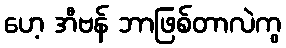
ဟေ့ အီဗန် ဘာဖြစ်တာလဲကွ